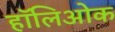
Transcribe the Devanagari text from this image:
हॉलिओक